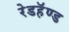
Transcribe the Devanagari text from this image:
रेडहॅण्ड